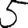
Digit: 5